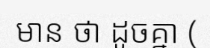
មាន ថា ដូចគ្នា (